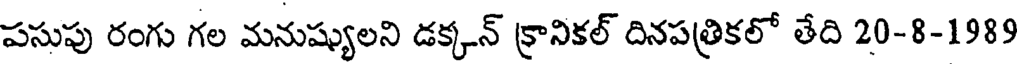
పసుపు రంగు గల మనుష్యులని డక్కన్ క్రానికల్ దినపత్రికలో తేది 20-8-1989